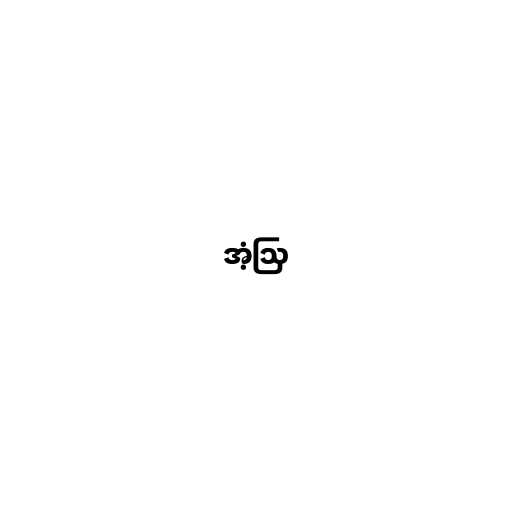
အံ့ဩ